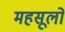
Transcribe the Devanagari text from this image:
महसूलों